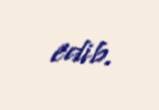
edib.